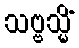
သဗ္ဗသ္မိံ